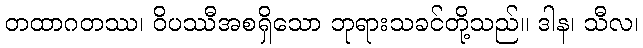
တထာဂတဿ၊ ဝိပဿီအစရှိသော ဘုရားသခင်တို့သည်။ ဒါန၊ သီလ၊